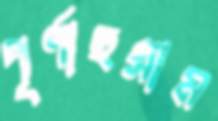
পূর্ণাছগ্রাম